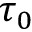
\tau _ { 0 }